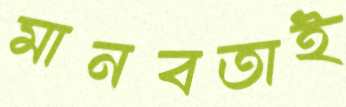
মানবতাই